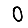
Digit: 0